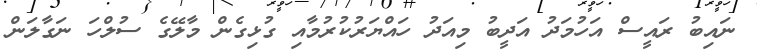
ނައިބު ރައީސް އަހުމަދު އަދީބު މިއަދު ހައްޔަރުކުރުމާއި ގުޅިގެން މާލޭގެ ސުލްހަ ނަގާލަން